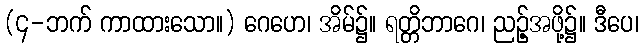
(၄-ဘက် ကာထားသော။) ဂေဟေ၊ အိမ်၌။ ရတ္တိဘာဂေ၊ ညဉ့်အဖို့၌။ ဒီပေ၊